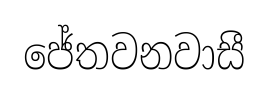
ජේතවනවාසී